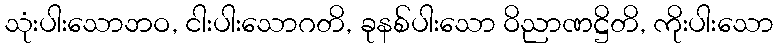
သုံးပါးသောဘဝ, ငါးပါးသောဂတိ, ခုနစ်ပါးသော ဝိညာဏဋ္ဌိတိ, ကိုးပါးသော